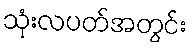
သုံးလပတ်အတွင်း